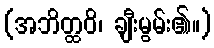
(အဘိတ္ထဝိ၊ ချီးမွမ်း၏။)